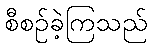
စီစဉ်ခဲ့ကြသည်